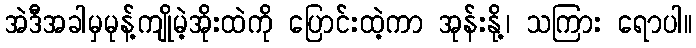
အဲဒီအခါမှမုန့်ကျိုမဲ့အိုးထဲကို ပြောင်းထဲ့ကာ အုန်းနို့၊ သကြား ရောပါ။